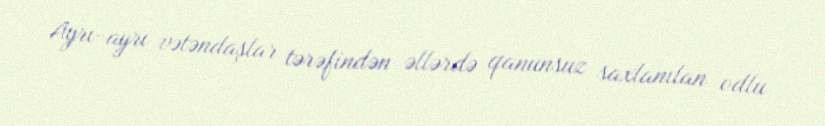
Ayrı-ayrı vətəndaşlar tərəfindən əllərdə qanunsuz saxlanılan odlu